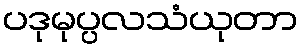
ပဒုမုပ္ပလသံယုတာ